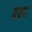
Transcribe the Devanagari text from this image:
पत्रण